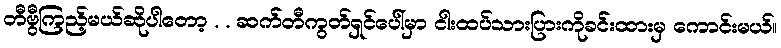
တီဗွီကြည့်မယ်ဆိုပါတော့ . . ဆက်တီကွတ်ရှင်ပေါ်မှာ ငါးထပ်သားပြားကိုခင်းထားမှ ကောင်းမယ်။